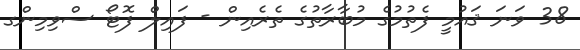
38 ވަނަ ޤައުމީ ފެތުމުގެެ މުބާރާތުގެ ތެރެއިން - ފައިލް ފޮޓޯ ސްވިމިންގ